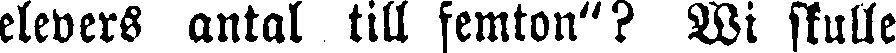
elevers antal till femton"? Wi skulle